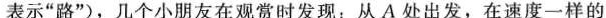
表示“路”)，几个小朋友在观赏时发现：从A处出发，在速度一样的